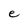
Character: e